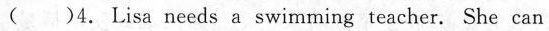
( )4.Lisa needs a swimming teacher. She can ___.